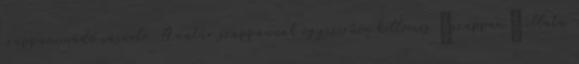
szappanimádó vásárló. A natúr szappannak egyszerűen kellemes „szappan” illata